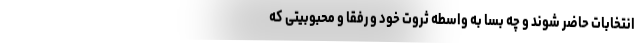
انتخابات حاضر شوند و چه بسا به واسطه ثروت خود و رفقا و محبوبیتی که